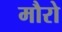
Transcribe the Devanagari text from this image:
मौरो